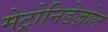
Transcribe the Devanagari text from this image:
मेट्रोनिडेज़ोल